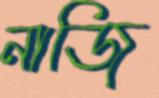
নাজি